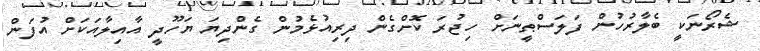
ޝެރޯނަކީ ބެލާރުހުން ފަލަސްޠީނަށް ހިޖުރަ ކޮށްގެން ދިރިއުޅެމުން ގެންދިޔަ ޔަހޫދީ އާއިލާއަކަށް އުފަން